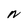
Character: N